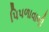
પિપળાવાળી